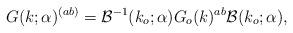
LaTeX: \begin{align*}G(k;\alpha )^{(ab)}={\cal B}^{-1}(k_{o};\alpha)G_{o}(k)^{ab}{\cal B} (k_{o};\alpha ),\end{align*}